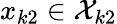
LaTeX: x_{k2}\in\mathcal{X}_{k2}